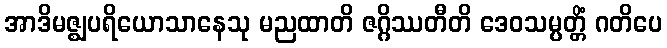
အာဒိမဇ္ဈပရိယောသာနေသု မညထာတိ ဇဂ္ဂိဿတီတိ ဒေဝသမ္ပတ္တိံ ဂတိပေ